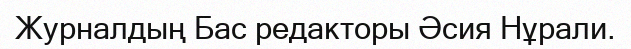
Журналдың Бас редакторы Әсия Нұрали.